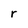
Character: r